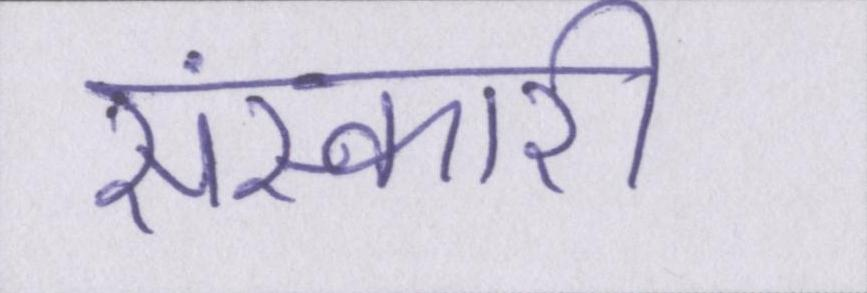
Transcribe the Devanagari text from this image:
संस्कारी